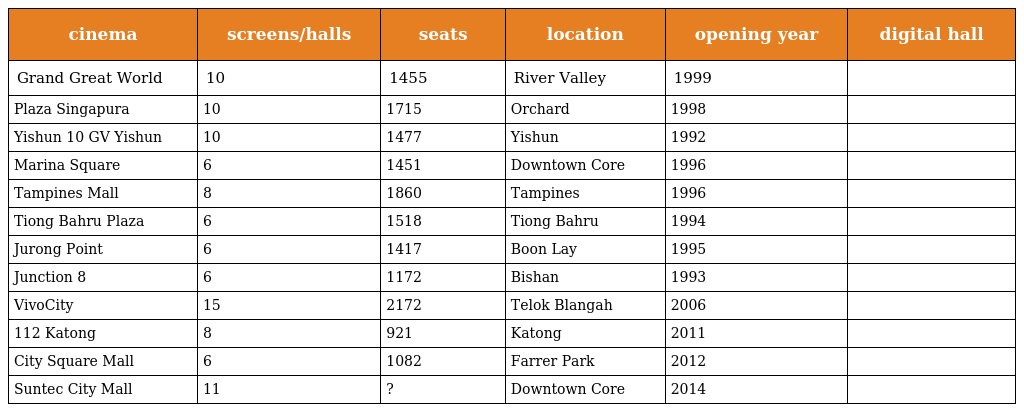
| cinema | screens/halls | seats | location | opening year | digital hall |
 | --- | --- | --- | --- | --- | --- |
 | Grand Great World | 10 | 1455 | River Valley | 1999 |  |
 | Plaza Singapura | 10 | 1715 | Orchard | 1998 |  |
 | Yishun 10 GV Yishun | 10 | 1477 | Yishun | 1992 |  |
 | Marina Square | 6 | 1451 | Downtown Core | 1996 |  |
 | Tampines Mall | 8 | 1860 | Tampines | 1996 |  |
 | Tiong Bahru Plaza | 6 | 1518 | Tiong Bahru | 1994 |  |
 | Jurong Point | 6 | 1417 | Boon Lay | 1995 |  |
 | Junction 8 | 6 | 1172 | Bishan | 1993 |  |
 | VivoCity | 15 | 2172 | Telok Blangah | 2006 |  |
 | 112 Katong | 8 | 921 | Katong | 2011 |  |
 | City Square Mall | 6 | 1082 | Farrer Park | 2012 |  |
 | Suntec City Mall | 11 | ? | Downtown Core | 2014 |  |